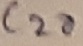
Text: C20